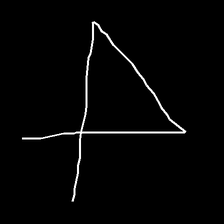
Glyph: collection